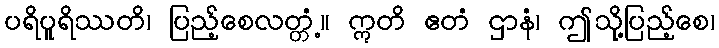
ပရိပူရိဿတိ၊ ပြည့်စေလတ္တံ့။ ဣတိ ဧတံ ဌာနံ၊ ဤသို့ပြည့်စေ၊